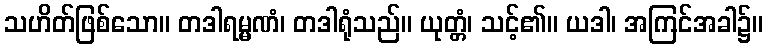
သဟိတ်ဖြစ်သော။ တဒါရမ္မဏံ၊ တဒါရုံသည်။ ယုတ္တံ၊ သင့်၏။ ယဒါ၊ အကြင်အခါ၌။